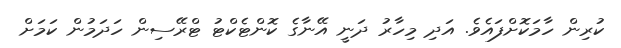
ކުރިން ހާމަކޮށްފައެވެ. އަދި މިހާރު ދަނީ އޭނާގެ ކޮންޓެކްޓު ޓްރޭސިން ހަދަމުން ކަމަށް